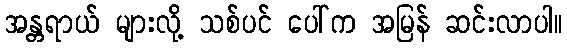
အန္တရာယ် များလို့ သစ်ပင် ပေါ်က အမြန် ဆင်းလာပါ။